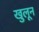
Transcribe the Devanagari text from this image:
खुलून